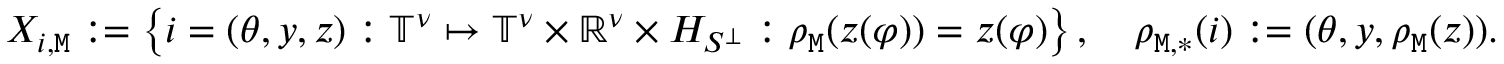
\begin{array} { r } { X _ { i , \mathtt { M } } : = \left\{ i = ( \theta , y , z ) : \mathbb { T } ^ { \nu } \mapsto \mathbb { T } ^ { \nu } \times \mathbb { R } ^ { \nu } \times H _ { S ^ { \perp } } : \rho _ { \mathtt { M } } ( z ( \varphi ) ) = z ( \varphi ) \right\} , \quad \rho _ { \mathtt { M } , * } ( i ) : = ( \theta , y , \rho _ { \mathtt { M } } ( z ) ) . } \end{array}